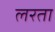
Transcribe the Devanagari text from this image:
लरता